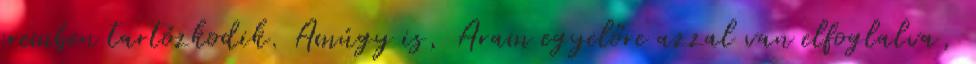
eremben tartózkodik. Amúgy is, Aram egyelőre azzal van elfoglalva,